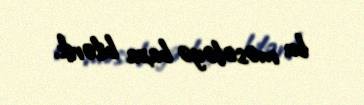
bu məsələyə baxa bilərik.